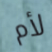
لأم